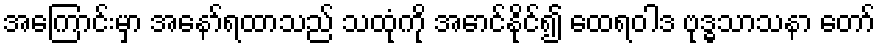
အကြောင်းမှာ အနော်ရထာသည် သထုံကို အောင်နိုင်၍ ထေရဝါဒ ဗုဒ္ဓသာသနာ တော်